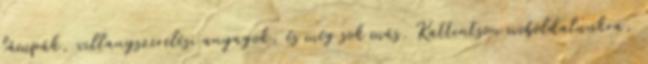
lámpák, villanyszerelési anyagok, és még sok más. Kattintson weboldalunkra,